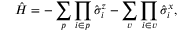
\hat { H } = - \sum _ { p } \prod _ { i \in p } \hat { \sigma } _ { i } ^ { z } - \sum _ { v } \prod _ { i \in v } \hat { \sigma } _ { i } ^ { x } ,